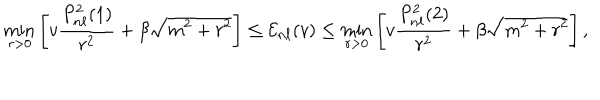
\min _ { r > 0 } \left[ v \frac { P _ { n \ell } ^ { 2 } ( 1 ) } { r ^ { 2 } } + \beta \sqrt { m ^ { 2 } + r ^ { 2 } } \right] \leq { \cal E } _ { n \ell } ( v ) \leq \min _ { r > 0 } \left[ v \frac { P _ { n \ell } ^ { 2 } ( 2 ) } { r ^ { 2 } } + \beta \sqrt { m ^ { 2 } + r ^ { 2 } } \right] ,